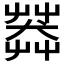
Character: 𦷶